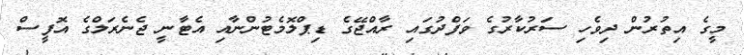
މީގެ އިތުރުން ދިވެހި ސަރުކާރުގެ ވަފްދުގައި ރާއްޖޭގެ ޑިޕްލޮމެޓުންނާއި އެޓާނީ ޖެެނެރަލްގެ އޮފީސް